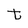
Character: t